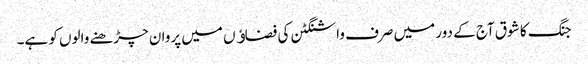
جنگ کا شوق آج کے دور میں صرف واشنگٹن کی فضاﺅں میں پروان چڑھنے والوں کو ہے۔